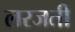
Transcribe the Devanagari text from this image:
लरजती